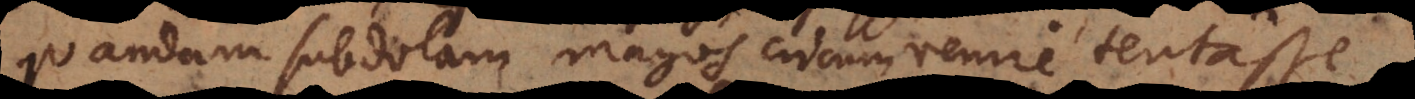
quandam subdolam magos circumvenire tentasse.